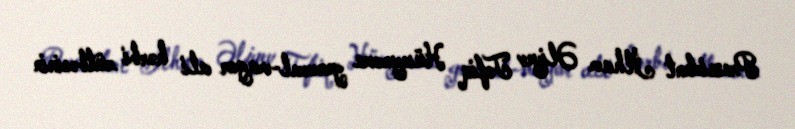
Prezident İlham Əliyev Tofiq Hüseynova general-mayor ali hərbi rütbəsinin